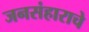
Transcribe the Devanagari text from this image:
जनसंहाराचे